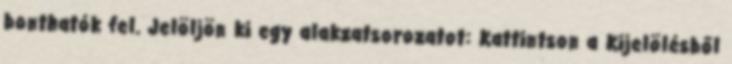
bonthatók fel. Jelöljön ki egy alakzatsorozatot: Kattintson a Kijelölésből